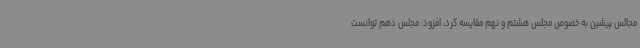
مجالس پیشین به خصوص مجلس هشتم و نهم مقایسه کرد، افزود: مجلس دهم توانست